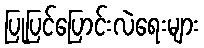
ပြုပြင်ပြောင်းလဲရေးများ